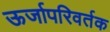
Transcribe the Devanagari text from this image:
ऊर्जापरिवर्तक